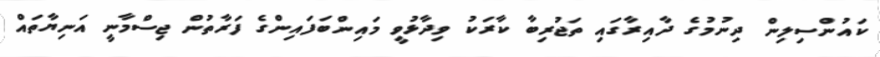
ކައުންސިލިން ދިނުމުގެ ދާއިރާގައި ތަޖުރިބާ ކާރަކު ވިދާޅުވީ މައިންބަފައިންގެ ފަރާތުން ޖިސްމާނީ އަނިޔާތައް